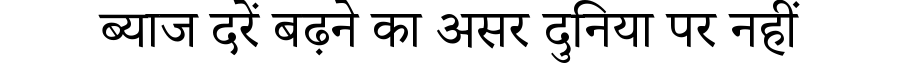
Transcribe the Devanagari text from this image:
ब्याज दरें बढ़ने का असर दुनिया पर नहीं